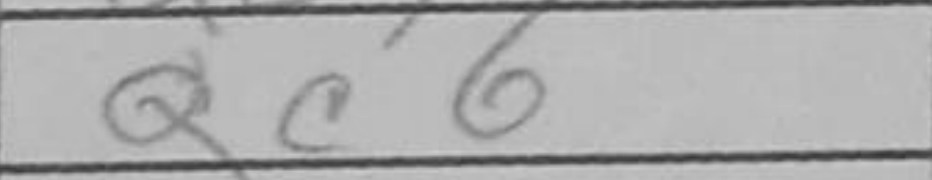
Transcription: Qc6